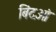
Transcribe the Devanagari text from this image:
बिंदओं